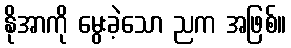
နိုအာကို မွေးခဲ့သော ညက အဖြစ်။